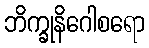
ဘိက္ခုနိဂေါစရော